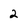
Character: 2